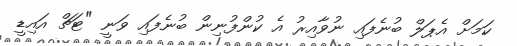
ކަމަށް އެޕަލް ބުނެފައި ނުވާއިރު އެ ކުންފުނިން ބުނެފައި ވަނީ "ޓަޗް އައިޑީ